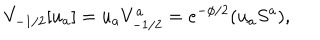
LaTeX: V _ { - 1 / 2 } [ u _ { a } ] = u _ { a } V _ { - 1 / 2 } ^ { a } = e ^ { - \phi / 2 } ( u _ { a } S ^ { a } ) ,